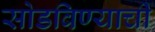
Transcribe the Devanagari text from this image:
सोडविण्याची